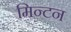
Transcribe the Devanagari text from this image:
मिन्टन